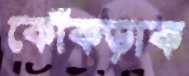
কোঁকড়াক